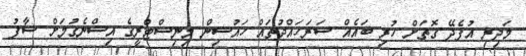
މަދިރި އުފެދޭ ގޮތަށް ހުރި ބައެއް ސަރަހައްދުތައް ހައުސިން މިނިސްޓްރީގެ އިސްނެގުމަށް ސާފު